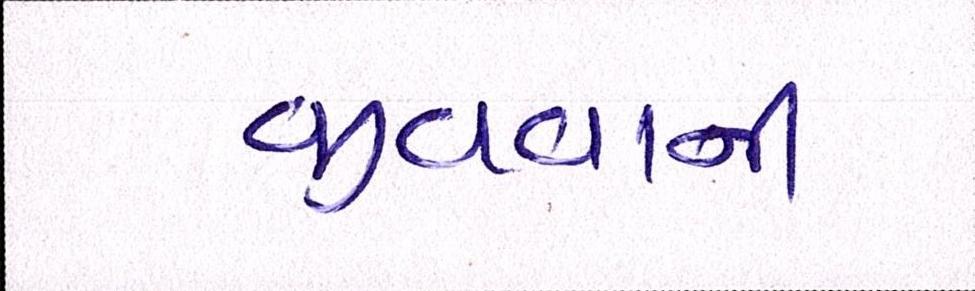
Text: જીવવાની